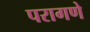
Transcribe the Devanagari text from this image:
परागणे